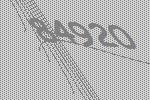
84920